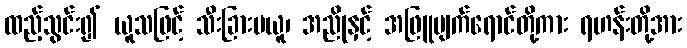
ထည့်သွင်း၍ ယူသဖြင့် သီးခြားမယူ၊ အညိုနှင့် အဖြူပျက်ရောင်တို့ကား ရဟန်းတို့အား